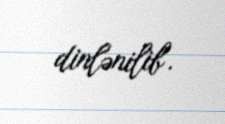
dinlənilib".